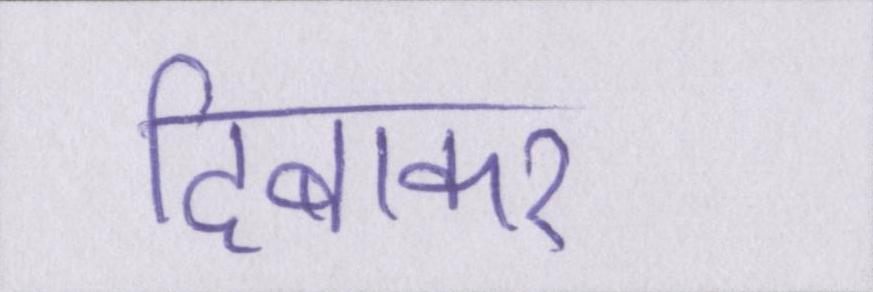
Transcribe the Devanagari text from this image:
दिबाकर